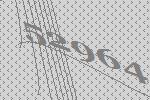
52964